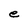
Character: e